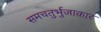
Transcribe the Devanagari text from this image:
समचतुर्भुजाकार